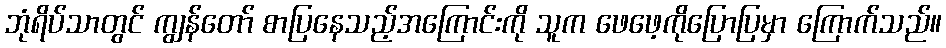
ဘုံရိပ်သာတွင် ကျွန်တော် စာပြနေသည့်အကြောင်းကို သူက ဖေဖေ့ကိုပြောပြမှာ ကြောက်သည်။